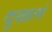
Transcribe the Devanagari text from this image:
दुखलं